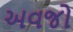
અવજો